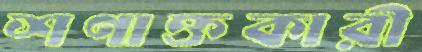
শণাক্তকারী